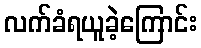
လက်ခံရယူခဲ့ကြောင်း